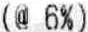
(@ 6%)